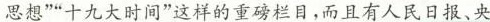
思想””十九大时间”这样的重磅栏目，而且有人民日报、央